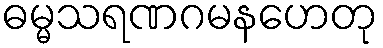
ဓမ္မသရဏဂမနဟေတု